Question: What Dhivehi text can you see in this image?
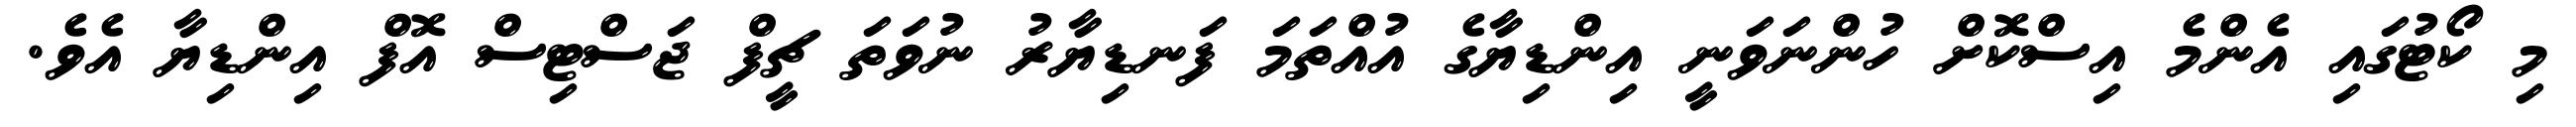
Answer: މި ކޯޓުގައި އެންމެ އިސްކޮށް ހުންނަވަނީ އިންޑިޔާގެ އުއްތަމަ ފަނޑިޔާރު ނުވަތަ ޗީފް ޖަސްޓިސް އޮފް އިންޑިޔާ އެވެ.